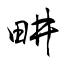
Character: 畊